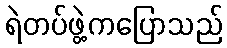
ရဲတပ်ဖွဲ့ကပြောသည်